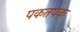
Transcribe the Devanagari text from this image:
पकतपक